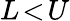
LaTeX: L\! <\! U